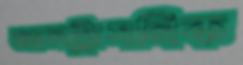
আলট্রাসনিক